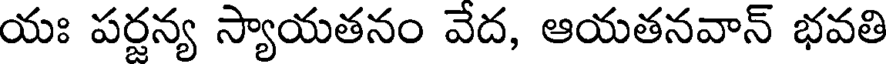
యః పర్జన్య స్యాయతనం వేద, ఆయతనవాన్ భవతి